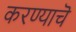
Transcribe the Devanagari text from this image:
करण्याचॆ